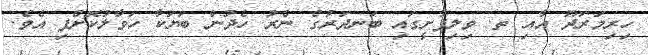
ހިރިމަރަދޫ އާއި ތ. ވިލިފުށީގައި ބަނދަރުގެ ނެރު ހެދުން ބަޔަކާ ހަވާލުކޮށްފި އެވެ.